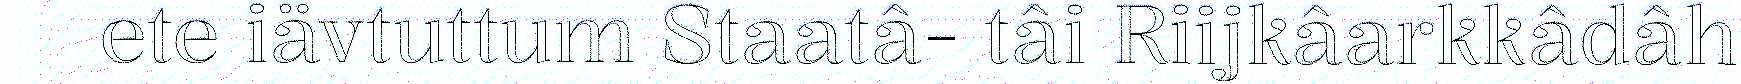
ete iävtuttum Staatâ- tâi Riijkâarkkâdâh